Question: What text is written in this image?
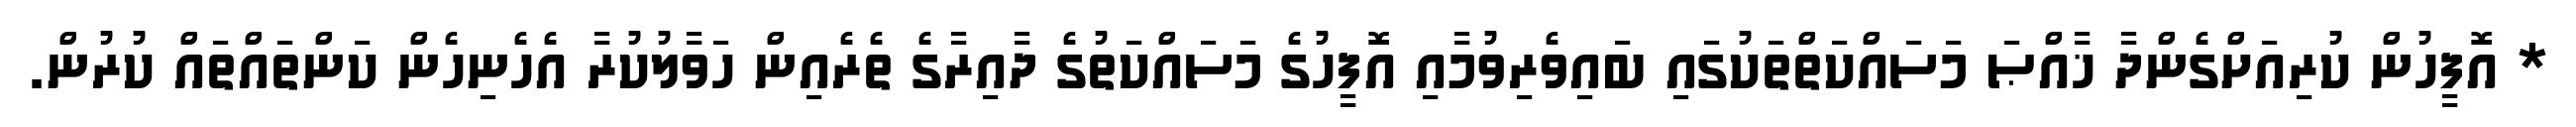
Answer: * އޮފީހުން ކުރިއަށްގެންދާ ޚާއްޞަ މަސައްކަތްތަކުގައި ބައިވެރިވުމާއި އޮފީހުގެ މަސައްކަތުގެ ދާއިރާގެ ތެރެއިން ހަވާލުކުރާ އެހެނިހެން ކަންތައްތައް ކުރުން.